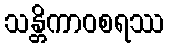
သန္တိကာဝစရဿ